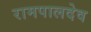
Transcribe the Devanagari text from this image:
रामपालदेव